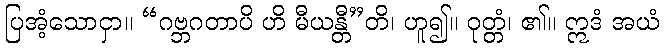
ပြအံ့သောငှာ။ “ဂဗ္ဘဂတာပိ ဟိ မီယန္တီ”တိ၊ ဟူ၍။ ဝုတ္တံ၊ ၏။ ဣဒံ အယံ